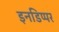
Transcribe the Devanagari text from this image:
इनडिप्पर